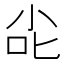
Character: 㕾